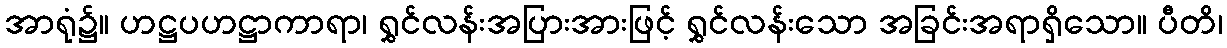
အာရုံ၌။ ဟဋ္ဌပဟဋ္ဌာကာရာ၊ ရွှင်လန်းအပြားအားဖြင့် ရွှင်လန်းသော အခြင်းအရာရှိသော။ ပီတိ၊